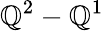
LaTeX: \mathbb{Q}^{2}-\mathbb{Q}^{1}